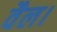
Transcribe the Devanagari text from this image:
वैल।